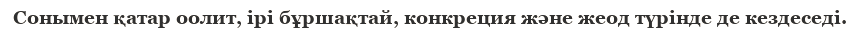
Сонымен қатар оолит, ірі бұршақтай, конкреция және жеод түрінде де кездеседі.